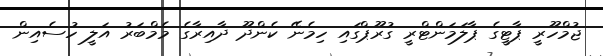
ޖުމްހޫރީ ޕާޓީގެ ޕާލަމަންޓްރީ ގުރޫޕްގައި ހިމެނޭ ކެންދޫ ދާއިރާގެ މެމްބަރު އަލީ ހުސެއިން